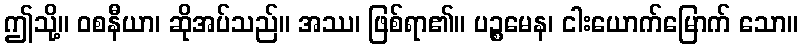
ဤသို့။ ဝစနီယာ၊ ဆိုအပ်သည်။ အဿ၊ ဖြစ်ရာ၏။ ပဉ္စမေန၊ ငါးယောက်မြောက် သော။